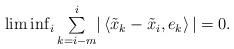
LaTeX: \begin{align*}\begin{array}{c}\liminf_{i}\underset{k=i-m}{\overset{i}{\sum}}|\left\langle \tilde{x}_{k}-\tilde{x}_{i},e_{k}\right\rangle |=0.\end{array}\end{align*}